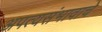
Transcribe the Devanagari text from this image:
अपत्यसंभावाचे